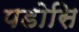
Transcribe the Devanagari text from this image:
पडोसि